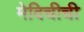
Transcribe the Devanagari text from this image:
मेदिचीची